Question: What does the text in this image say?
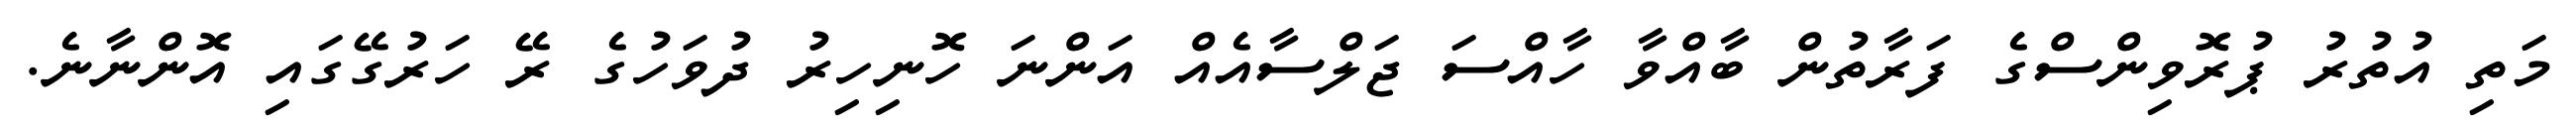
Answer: މަތި އުތުރު ޕުރޮވިންސްގެ ފަރާތުން ބާއްވާ ހާއްސަ ޖަލްސާއެއް އަންނަ ހޮނިހިރު ދުވަހުގެ ރޭ ހަރުގޭގައި އޮންނާނެ.